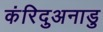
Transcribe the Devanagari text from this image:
कंरिदुअनाडु